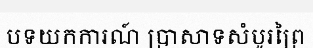
បទយកការណ៍ ប្រាសាទសំបូរព្រៃ